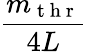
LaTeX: \frac{m_{\mathrm{~t~h~r~}}}{4L}